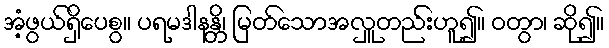
အံ့ဖွယ်ရှိပေစွ။ ပရမဒါနန္တိ၊ မြတ်သောအလှူတည်းဟူ၍။ ဝတွာ၊ ဆို၍။